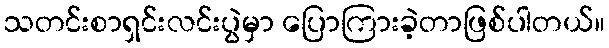
သတင်းစာရှင်းလင်းပွဲမှာ ပြောကြားခဲ့တာဖြစ်ပါတယ်။